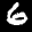
Digit: 6